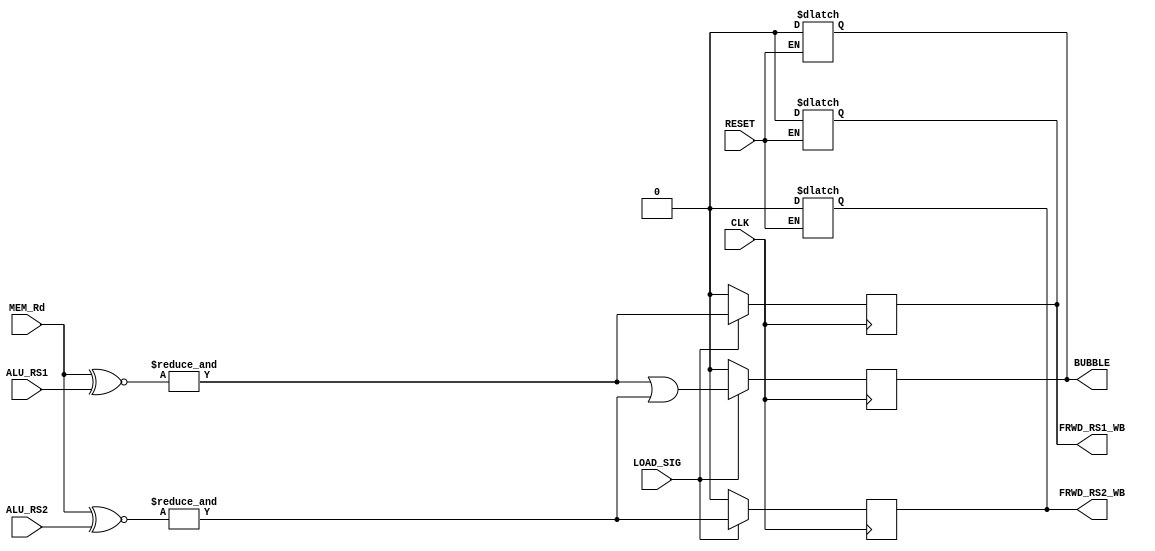
module Load_use_hazard_unit (
    input CLK,
    input RESET,
    input LOAD_SIG,
    input [4:0] MEM_Rd,
    input [4:0] ALU_RS1,
    input [4:0] ALU_RS2,
    output reg FRWD_RS1_WB,
    output reg FRWD_RS2_WB,
    output reg BUBBLE
);

wire [4:0] ALU_RS1_XNOR,ALU_RS2_XNOR;
wire RS1_COMPARING,RS2_COMPARING,BUBBLE_WR;

assign #1 ALU_RS1_XNOR=(MEM_Rd~^ALU_RS1);
assign #1 ALU_RS2_XNOR=(MEM_Rd~^ALU_RS2);
assign #1 RS1_COMPARING= (&ALU_RS1_XNOR);
assign #1 RS2_COMPARING= (&ALU_RS2_XNOR);
assign #1 BUBBLE_WR=RS1_COMPARING | RS2_COMPARING;

always @(posedge CLK) begin
    #1
    if (LOAD_SIG)
    begin
        FRWD_RS1_WB=RS1_COMPARING;
        FRWD_RS2_WB=RS2_COMPARING;
        BUBBLE=BUBBLE_WR;
    end
    else begin
        FRWD_RS1_WB=1'b0;
        FRWD_RS2_WB=1'b0;
        BUBBLE=1'b0;    
    end
    
end

always @(RESET) begin
    if (RESET) begin
        FRWD_RS1_WB=1'b0;
        FRWD_RS2_WB=1'b0;
        BUBBLE=1'b0;
    end
end
endmodule